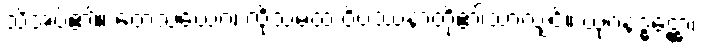
သိအပ်၏။ တေသံယေဝ၊ ထိုသမထ ဝိပဿနာတို့၏သာလျှင်။ ယုဂနဒ္ဓဋ္ဌော၊